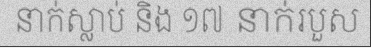
នាក់ស្លាប់ និង ១៧ នាក់របួស